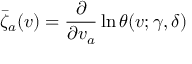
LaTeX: \bar { \zeta } _ { a } ( v ) = \frac { \partial } { \partial v _ { a } } \ln \theta ( v ; \gamma , \delta )